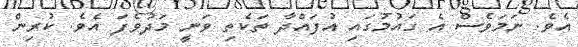
އެވެ. ނަމަވެސް އެ ގައުމުގައި އުފައްދާ ތަކެތި ވަނީ މަދުވެފަ އެވެ. ކުރިން